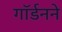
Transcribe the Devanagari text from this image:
गॉर्डनने